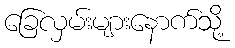
ခြေလှမ်းများနောက်သို့